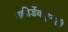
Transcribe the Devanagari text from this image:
उकीर्डेकडूनही